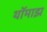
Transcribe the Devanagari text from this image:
थॉमाझ